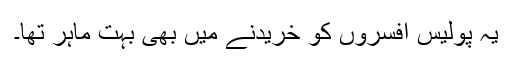
یہ پولیس افسروں کو خریدنے میں بھی بہت ماہر تھا۔